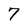
Character: 7